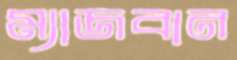
ম্যাজবান